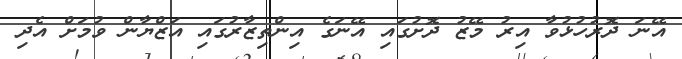
އޭނަ ދޮރުހުޅުވާ އިރު މޭޒު ދޮށުގައި އޭނަގެ އިންތިޒާރުގައި އަޒްޔާން ވުމަށް އެދި